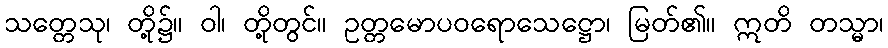
သတ္တေသု၊ တို့၌။ ဝါ၊ တို့တွင်။ ဥတ္တမောပဝရောသေဋ္ဌော၊ မြတ်၏။ ဣတိ တသ္မာ၊